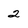
Character: 2